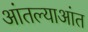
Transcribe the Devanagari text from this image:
आंतल्याआंत